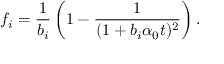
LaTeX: f _ { i } = \frac { 1 } { b _ { i } } \left( 1 - \frac { 1 } { ( 1 + b _ { i } \alpha _ { 0 } t ) ^ { 2 } } \right) .